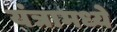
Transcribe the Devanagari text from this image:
यंत्रामध्ये